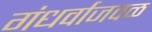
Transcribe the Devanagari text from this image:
गंधर्वाजवळ